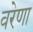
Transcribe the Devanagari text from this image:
वरेणा